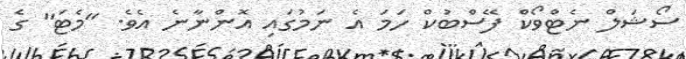
ސޯޝަލް ނެޓްވޯކް ފޭސްބުކް ހަމަ އެ ނަމުގައި އޮންނާނެ އެވެ. "މެޓަ" ގެ